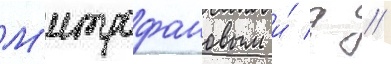
М'итрофановым и́ д //